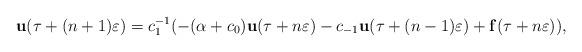
LaTeX: \begin{align*}\mathbf{u}(\tau+(n+1)\varepsilon)=c_1^{-1}(-(\alpha+c_0)\mathbf{u}(\tau+n\varepsilon)-c_{-1}\mathbf{u}(\tau+(n-1)\varepsilon)+\mathbf{f}(\tau+n\varepsilon)), \end{align*}